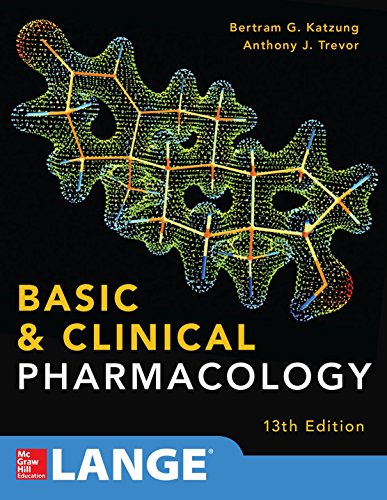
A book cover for Basic and Clinical Pharmacology 13 E; Bertram Katzung; Medical Books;